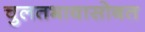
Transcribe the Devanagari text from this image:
चुलतभावासोबत